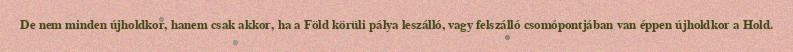
De nem minden újholdkor, hanem csak akkor, ha a Föld körüli pálya leszálló, vagy felszálló csomópontjában van éppen újholdkor a Hold.